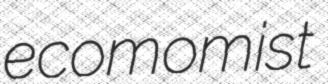
ecomomist